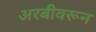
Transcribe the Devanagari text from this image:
अरबीवरून